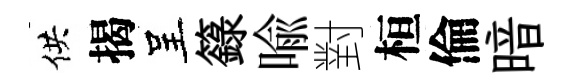
供揭呈籙喩對桓倫暗